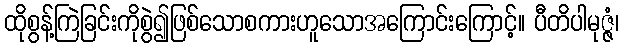
ထိုစွန့်ကြဲခြင်းကိုစွဲ၍ဖြစ်သောစကားဟူသောအကြောင်းကြောင့်။ ပီတိပါမုဇ္ဇံ၊